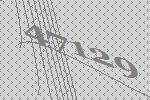
47129